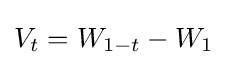
V_{t}=W_{1-t}-W_{1}